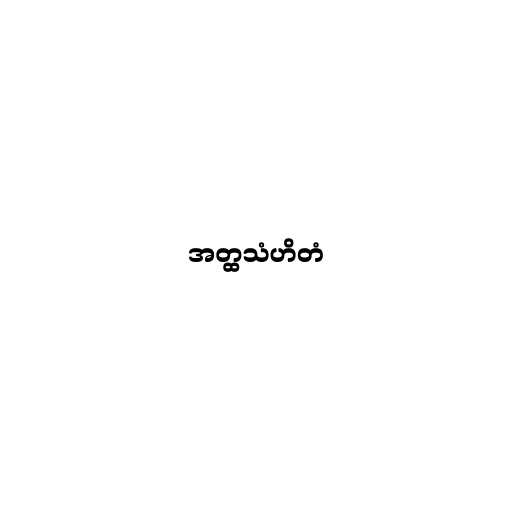
အတ္ထသံဟိတံ